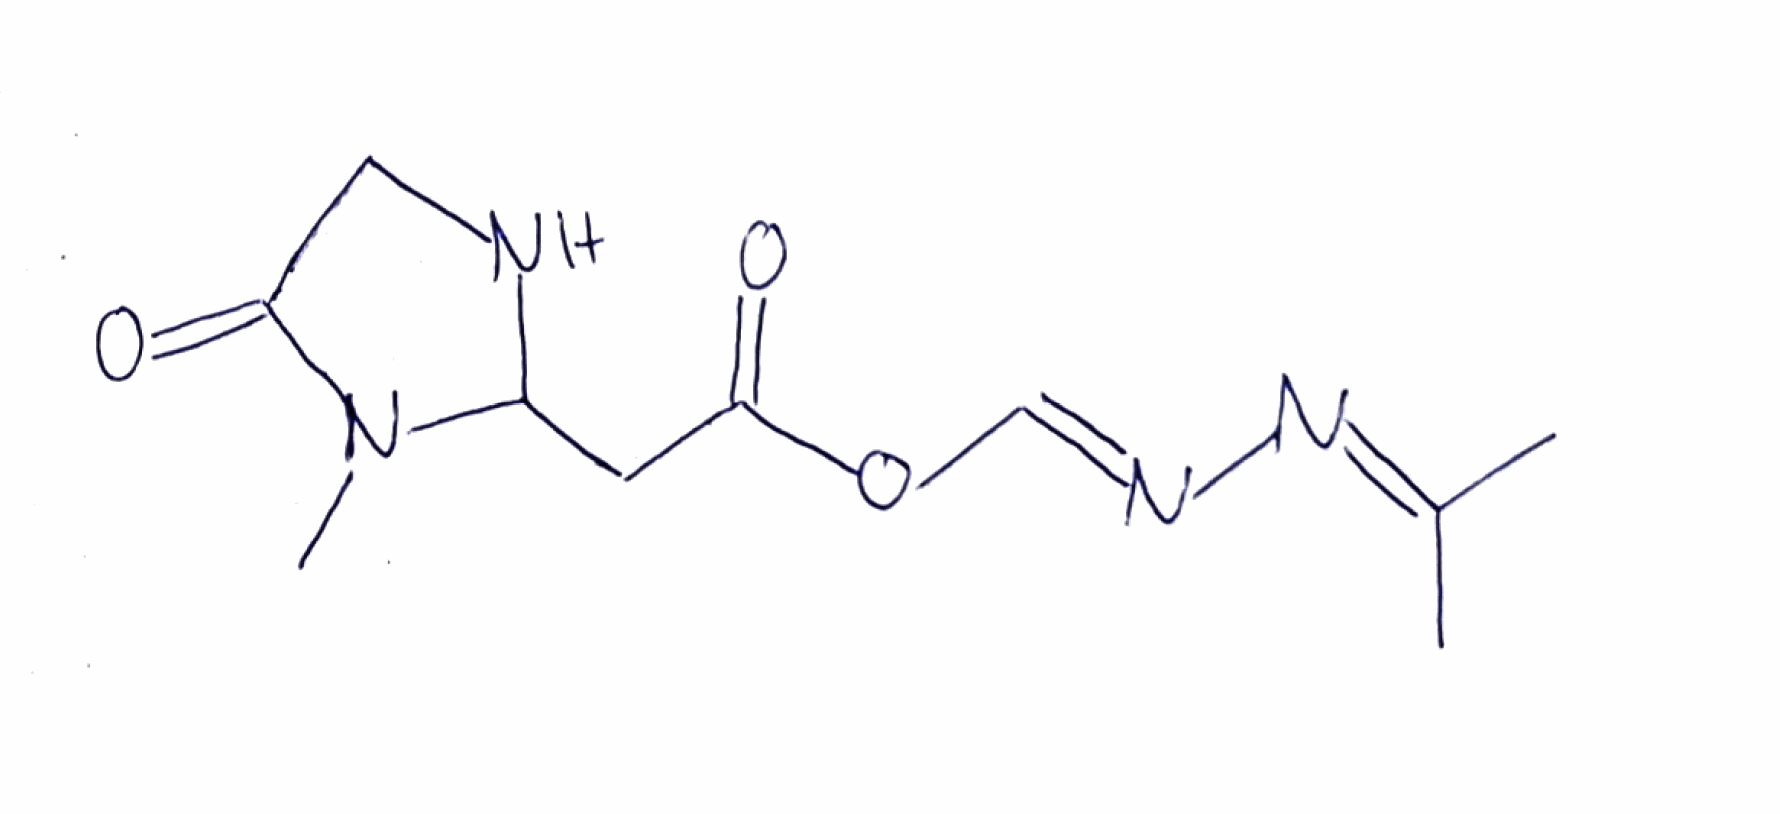
Simplified molecular-input line-entry system (SMILES) notation of the given molecule:
CC(=N/N=C/OC(=O)CC1NCC(=O)N1C)C